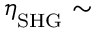
\eta _ { { _ \mathrm { { S H G } } } } \sim